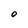
Character: O